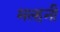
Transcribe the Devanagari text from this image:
मल्‍हनी